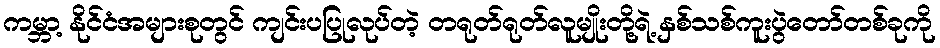
ကမ္ဘာ့ နိုင်ငံအများစုတွင် ကျင်းပပြုလုပ်တဲ့ တရုတ်ရုတ်လူမျိုးတို့ရဲ့ နှစ်သစ်ကူးပွဲတော်တစ်ခုကို